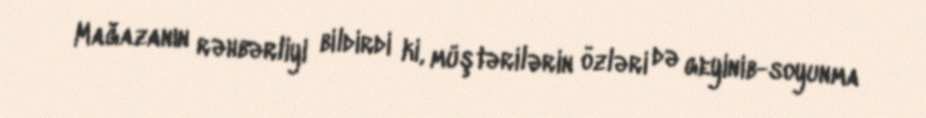
Mağazanın rəhbərliyi bildirdi ki, müştərilərin özləri də geyinib-soyunma